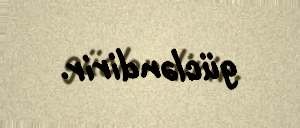
gücləndirir.